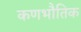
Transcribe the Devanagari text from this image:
कणभौतिक